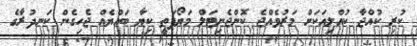
ކުރި ކުއްޖާ ކުއްލިއަކަށް މަރުވެއްޖެ ކޮންޖެނިޓަލް މަޔޯޕަތީ ކިޔާ ބައްޔެއް ޖެހިގެން ކަނދުރާގެ